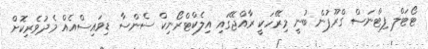
ޓޯޓަލް ފިޓްނަސް ގްރޫޕުން ބުނީ މިރޭހަކީ ރާއްޖޭގައި އިލެކްޓްރޯނިކް ސެންސާ ޑިވައިސްއެއް މެދުވެރިކޮށް